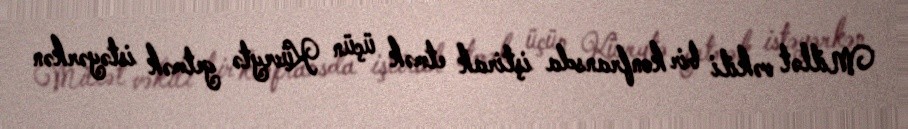
Millət vəkili bir konfransda iştirak etmək üçün Küveytə getmək istəyərkən